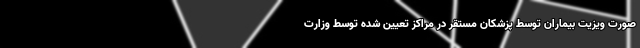
صورت ویزیت بیماران توسط پزشکان مستقر در مراکز تعیین شده توسط وزارت